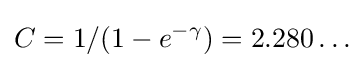
C=1/(1-e^{-\gamma })=2.280\ldots